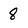
Character: 8